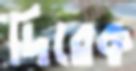
দিরেক